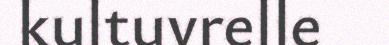
kultuvrelle